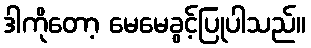
ဒါကိုတော့ မေမေခွင့်ပြုပါသည်။